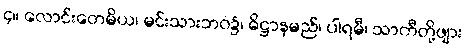
၄။ လောင်းတေမိယ၊ မင်းသားဘဝ၌၊ ဓိဋ္ဌာနမည်၊ ပါရမီ၊ သာကီတို့ဖျား